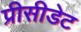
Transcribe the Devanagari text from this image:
प्रीसीडेट